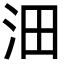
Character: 沺